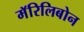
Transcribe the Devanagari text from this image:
मॅरिलिबोन